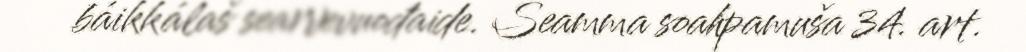
báikkálaš searvevuođaide. Seamma soahpamuša 34. art.